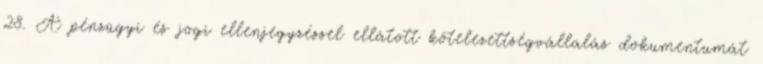
28. A pénzügyi és jogi ellenjegyzéssel ellátott kötelezettségvállalás dokumentumát